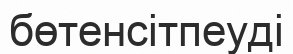
бөтенсітпеуді